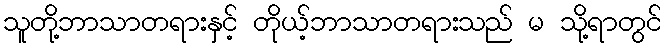
သူတို့ဘာသာတရားနှင့် တိုယ့်ဘာသာတရားသည် မ သို့ရာတွင်